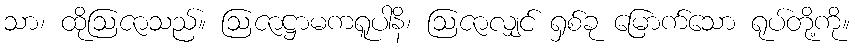
သာ၊ ထိုဩဇာသည်။ ဩဇာဋ္ဌာမကရူပါနိ၊ ဩဇာလျှင် ရှစ်ခု မြောက်သော ရုပ်တို့ကို။